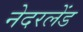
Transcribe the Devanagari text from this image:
नेदरलेंड